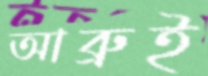
আব্রুই